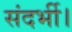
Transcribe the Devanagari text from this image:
संदर्भी।